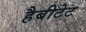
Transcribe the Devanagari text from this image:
हैबीटेट